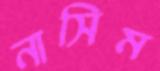
নাসিম